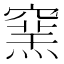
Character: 𥧳